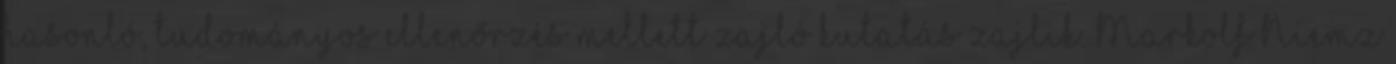
hasonló, tudományos ellenőrzés mellett zajló kutatás zajlik. Markolf Niemz